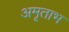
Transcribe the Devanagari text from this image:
अमृताभ